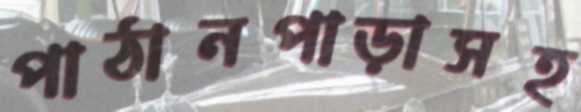
পাঠানপাড়াসহ